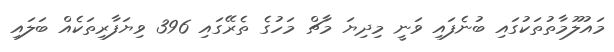
މައުލޫމާތުތަކުގައި ބުނެފައި ވަނީ މިދިޔަ މާޗް މަހުގެ ތެރޭގައި 396 ވިޔަފާރިތަކެއް ބަލައި